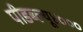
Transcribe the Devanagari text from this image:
पीडब्ल्यू४०००